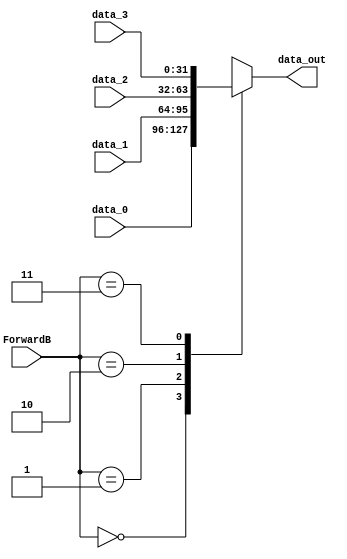
module Mux3(data_out, data_0, data_1, data_2, data_3, ForwardB);

input 	[31:0] 	data_0;
input 	[31:0] 	data_1;
input 	[31:0] 	data_2;
input 	[31:0] 	data_3;
input	[1:0]	ForwardB;
output	[31:0] 	data_out;
reg	[31:0] 	data_out;

always@(ForwardB or data_0 or data_1 or data_2 or data_3)  begin
	case(ForwardB)
	0:	data_out = data_0; 
	1:	data_out = data_1; 
	2:	data_out = data_2; 
	3:	data_out = data_3; 
	endcase
end
endmodule